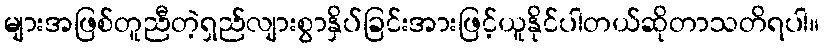
များအဖြစ်တူညီတဲ့ရှည်လျားစွာနှိပ်ခြင်းအားဖြင့်ယူနိုင်ပါတယ်ဆိုတာသတိရပါ။